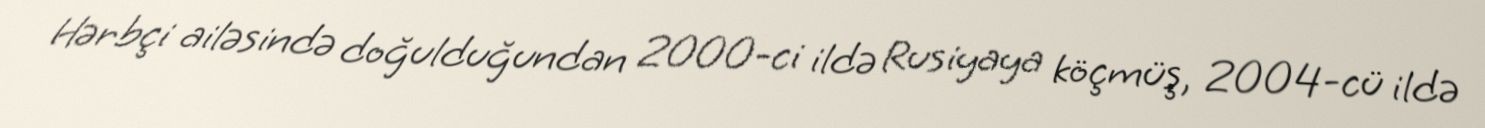
Hərbçi ailəsində doğulduğundan 2000-ci ildə Rusiyaya köçmüş, 2004-cü ildə